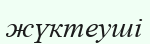
жүктеуші